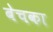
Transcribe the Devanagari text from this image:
बेचका